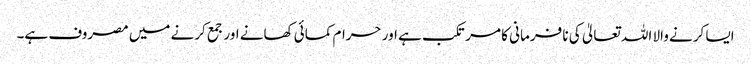
ایسا کرنے والا اللہ تعالیٰ کی نا فرمانی کا مرتکب ہے اور حرام کمائی کھانے اور جمع کرنے میں مصروف ہے۔